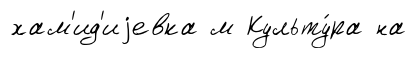
хам'ид'иjевка м Культу́ра на